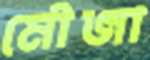
মৌজা